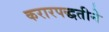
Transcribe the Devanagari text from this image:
करारपद्धतीने